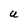
Character: U